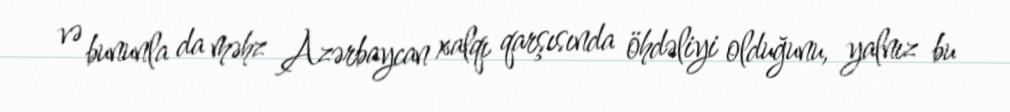
və bununla da məhz Azərbaycan xalqı qarşısında öhdəliyi olduğunu, yalnız bu